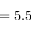
= 5 . 5